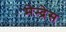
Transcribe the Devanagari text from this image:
मेन्द्रेस